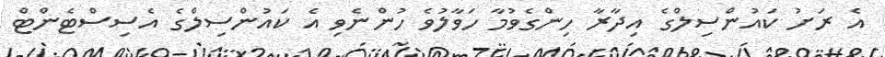
އެ ރަށު ކައުންސިލްގެ އިދާރާ ހިންގެވުމާ ހަވާލުވެ ހުންނެވި އެ ކައުންސިލްގެ އެސިސްޓެންޓް